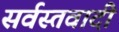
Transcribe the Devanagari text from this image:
सर्वस्तवादी